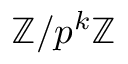
\mathbb { Z } / p ^ { k } \mathbb { Z }